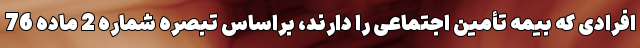
افرادی که بیمه تأمین اجتماعی را دارند، براساس تبصره شماره 2 ماده 76